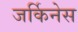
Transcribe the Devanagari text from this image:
जर्किनेस